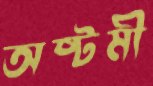
অষ্টমী